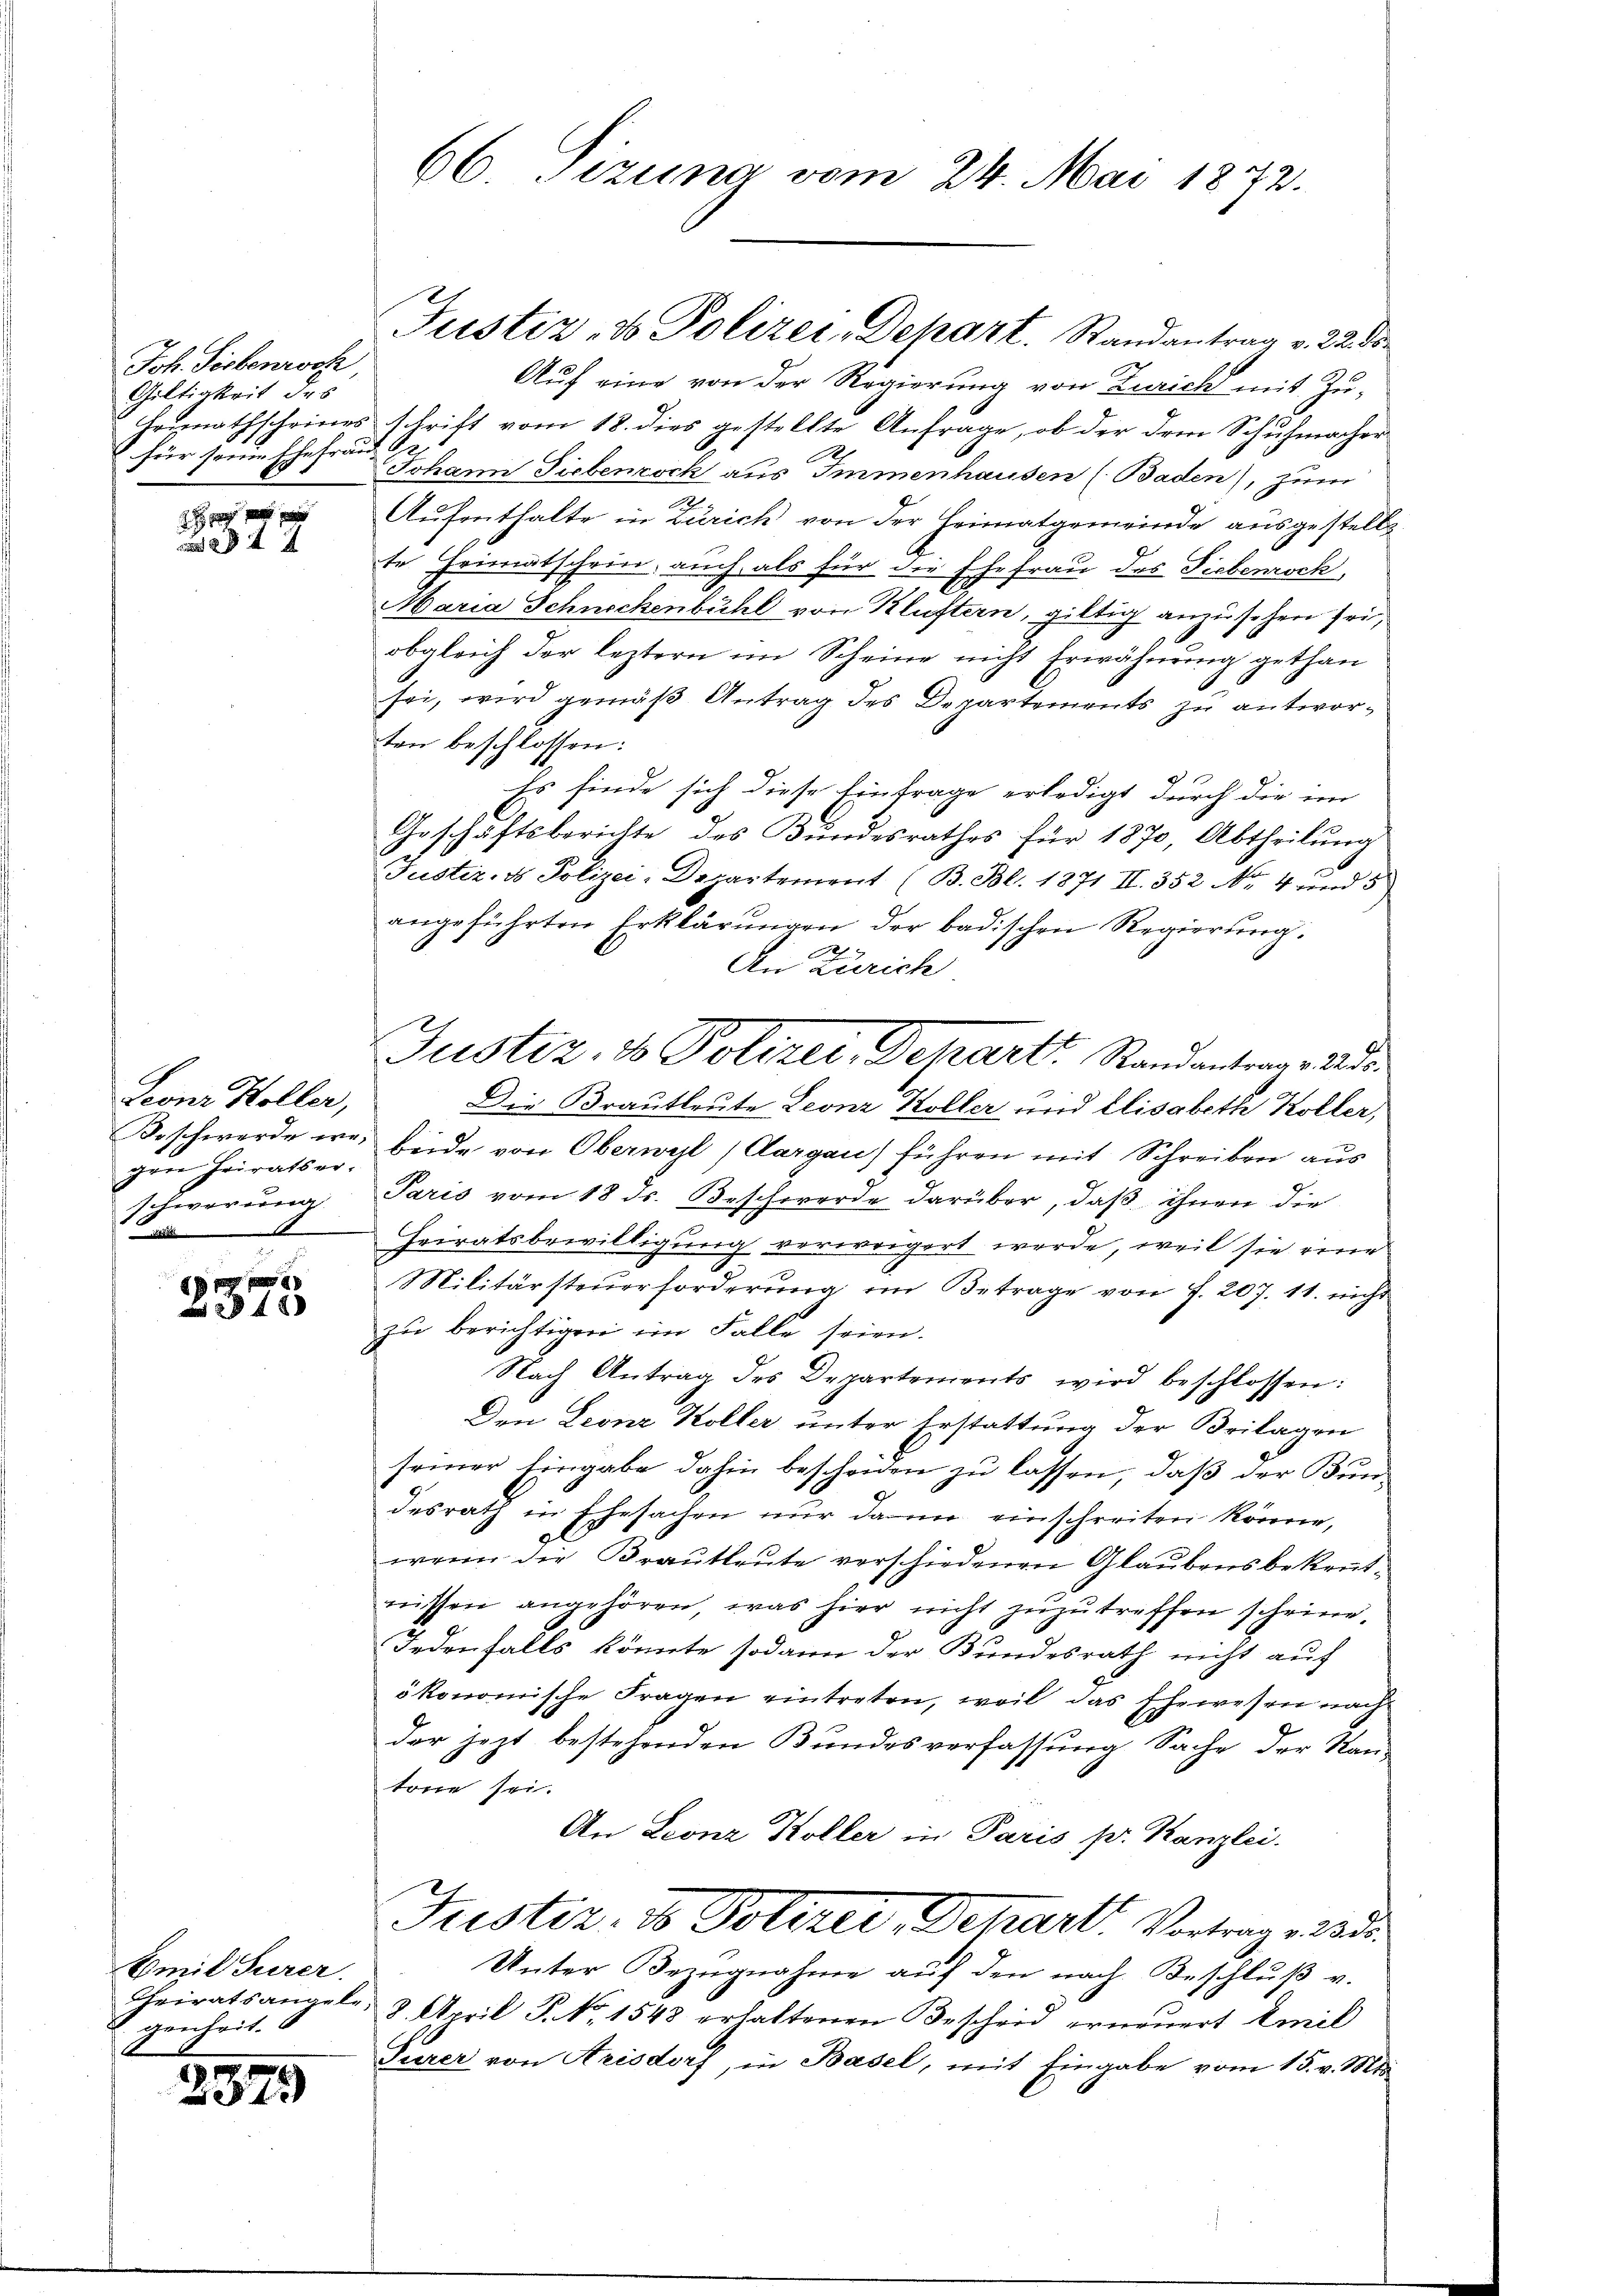
Joh. Siebenroche,
Gültigkeit des
Heimathscheines
 für seinen Ehefrau

377

Leonz Holler,
Beschwerde wegen Priratser-
schwerung
1
E
d

2848

mil Gurer.
genheit. 6

2379

66. Tizuna vom 24. Mai 1872.

Auf eine von der Regierung von Zürich mit Zuschrift vom 18. dies gestellte Anfrage, ob der dem Schuhmacher
S
Johann Siebenrock aus Immenhausen (Baden), zum
.
Aufenthalte in Zürich von der Heimatgemeinde ausgestellte Heimatschein, auch als für die Ehefrau des Siebenrock,
Maria Schneckenbühl von Kluftern, giltig anzusehen sei,
obgleich der leztern im Scheine nicht Erwähnung gethan
sei, wird gemäß Antrag des Departements zu antworten beschlossen:
Es finde sich diese Einfrage erledigt durch die im
Geschäftsberichte des Bundesrathes für 1870, Abtheilung
Justiz- & Polizei-Departement (B. Bl. 1871 II. 352 No 4 und 5
angeführten Erklärŭngen der badischen Regierŭng.
An Zürich
Die Brautleute Leonz Koller und Elisabeth Koller,
beide von Oberwyl (Aargau führen mit Schreiben aus
Paris vom 18 dr. Beschwerde darüber, daß ihnen die
Heiratsbewilligung verweigert werde, weil sie eine
Militärsteuerforderung im Betrage von f. 207. 11. nicht
zu berichtigen im Falle seien.
Nach Antrag des Departements wird beschlossen:
Den Leonz Koller unter Erstattung der Beilagen
seiner Eingabe dahin beschonen zu lassen, daß der Bundesrath in Ehesachen nur dann einschreiten könne,
wenn die Brautleute verschiedenen Glaubensbekentnissen angehören, was hier nicht zuzutreffen scheine,
Jedenfalls könnte sodann der Bundesrath nicht auf
ökonomische Fragen eintreten, weil das Ehewesen nach
der jezt bestehenden Bundesverfassung Sache der Stand
tone sei.
An Leonz Koller in Paris p. Kanzlei.
Justiz- & Polizei, Detzarts Vortrag 215.
Unter Bezugnahme auf den nach Beschluß v.
Cheiratsangele. 2. April P. Nr. 1543 erhaltenen Bescheid erneŭert Emil
Turer von Arisdorf, in Basel, mit Eingabe vom 15. v. Mts.

Justiz- & Polizei, Depart. Randantrag v. 2200.

Justiz- & Polizei, Deharts Standantrage de